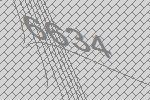
6634